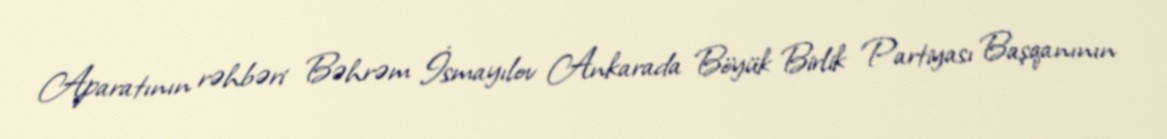
Aparatının rəhbəri Bəhrəm İsmayılov Ankarada Böyük Birlik Partiyası Başqanının